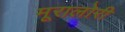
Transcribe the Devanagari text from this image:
मूरालोरी